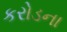
કરોડના